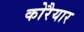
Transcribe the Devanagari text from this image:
कोरैयार